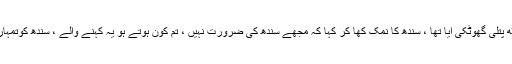
انہوں نے کہا کہ یہ کٹھ پتلی گھوٹکی آیا تھا ، سندھ کا نمک کھا کر کہا کہ مجھے سندھ کی ضرورت نہیں ، تم کون ہوتے ہو یہ کہنے والے ، سندھ کوتمہاری ضرورت نہیں ہے۔